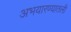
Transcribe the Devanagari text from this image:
अभयारण्यातली